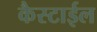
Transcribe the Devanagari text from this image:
कैस्टाईल